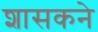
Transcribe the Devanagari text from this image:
शासकने